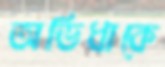
অভিধাকে